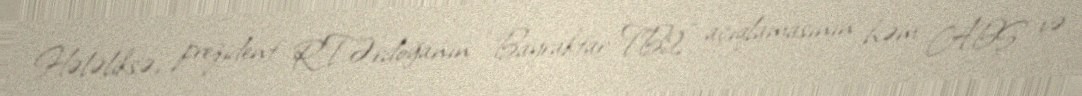
Hələliksə, prezident R.T.Ərdoğanın “Bayraktar TB2” açıqlamasının həm ABŞ və